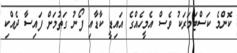
ކޮންމެ ކަސްޓަމަރަކު ވެސް އެމީހެއްގެ އައިޑީ ކާޑާއި ފޯނު ގަތުމަށް ފައިސާ ދެއްކި